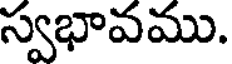
స్వభావము.